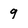
Character: 9